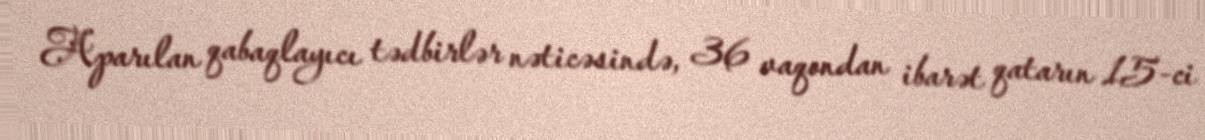
Aparılan qabaqlayıcı tədbirlər nəticəsində, 36 vaqondan ibarət qatarın 15-ci